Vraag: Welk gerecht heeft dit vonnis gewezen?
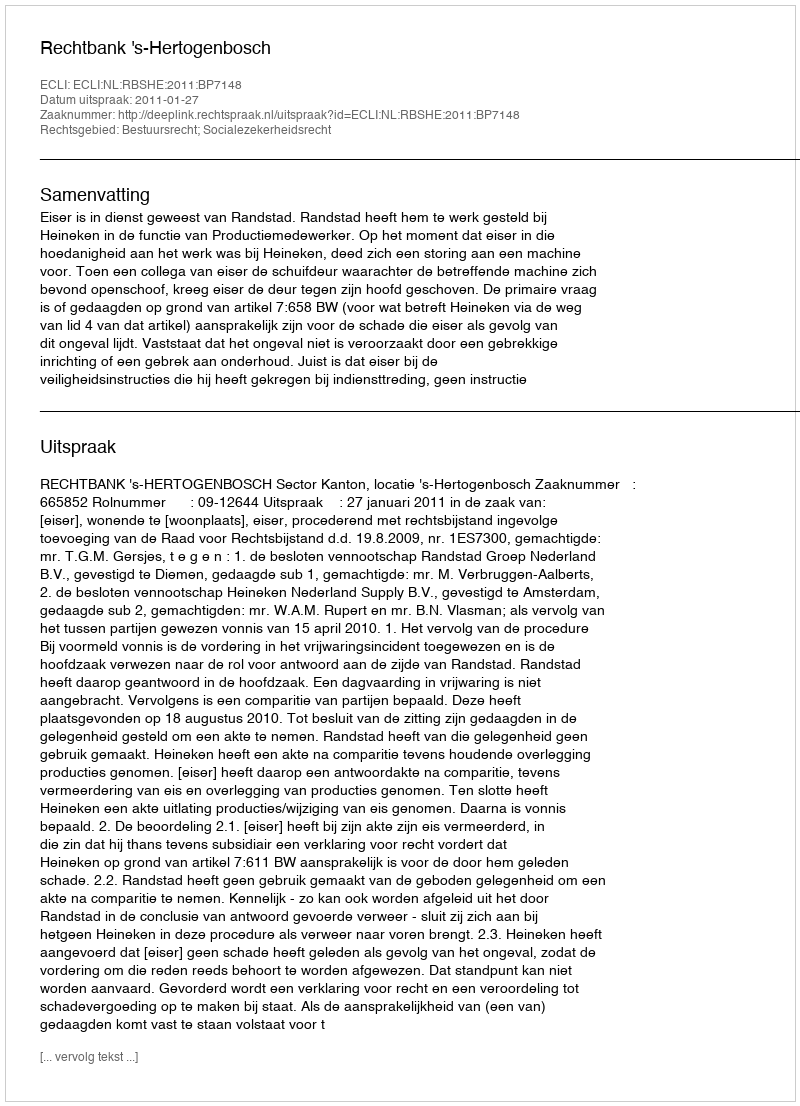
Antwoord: Rechtbank 's-Hertogenbosch